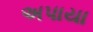
અપાયા